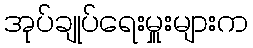
အုပ်ချုပ်ရေးမှူးများက